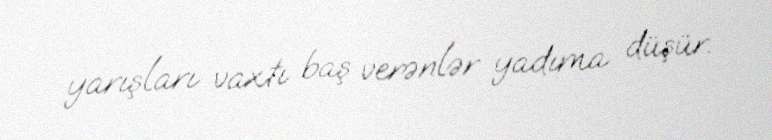
yarışları vaxtı baş verənlər yadıma düşür.